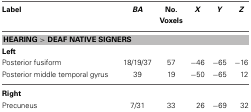
<table><thead><tr><td><b>Label</b></td><td><b><i>BA</i></b></td><td><b>No. Voxels</b></td><td><b><i>X</i></b></td><td><b><i>Y</i></b></td><td><b><i>Z</i></b></td></tr></thead><tbody><tr><td colspan="6"><b>HEARING &gt; DEAF NATIVE SIGNERS</b></td></tr><tr><td colspan="6"><b>Left</b></td></tr><tr><td>Posterior fusiform</td><td>18/19/37</td><td>57</td><td>−46</td><td>−65</td><td>−16</td></tr><tr><td>Posterior middle temporal gyrus</td><td>39</td><td>19</td><td>−50</td><td>−65</td><td>12</td></tr><tr><td colspan="6"><b>Right</b></td></tr><tr><td>Precuneus</td><td>7/31</td><td>33</td><td>26</td><td>−69</td><td>32</td></tr></tbody></table>